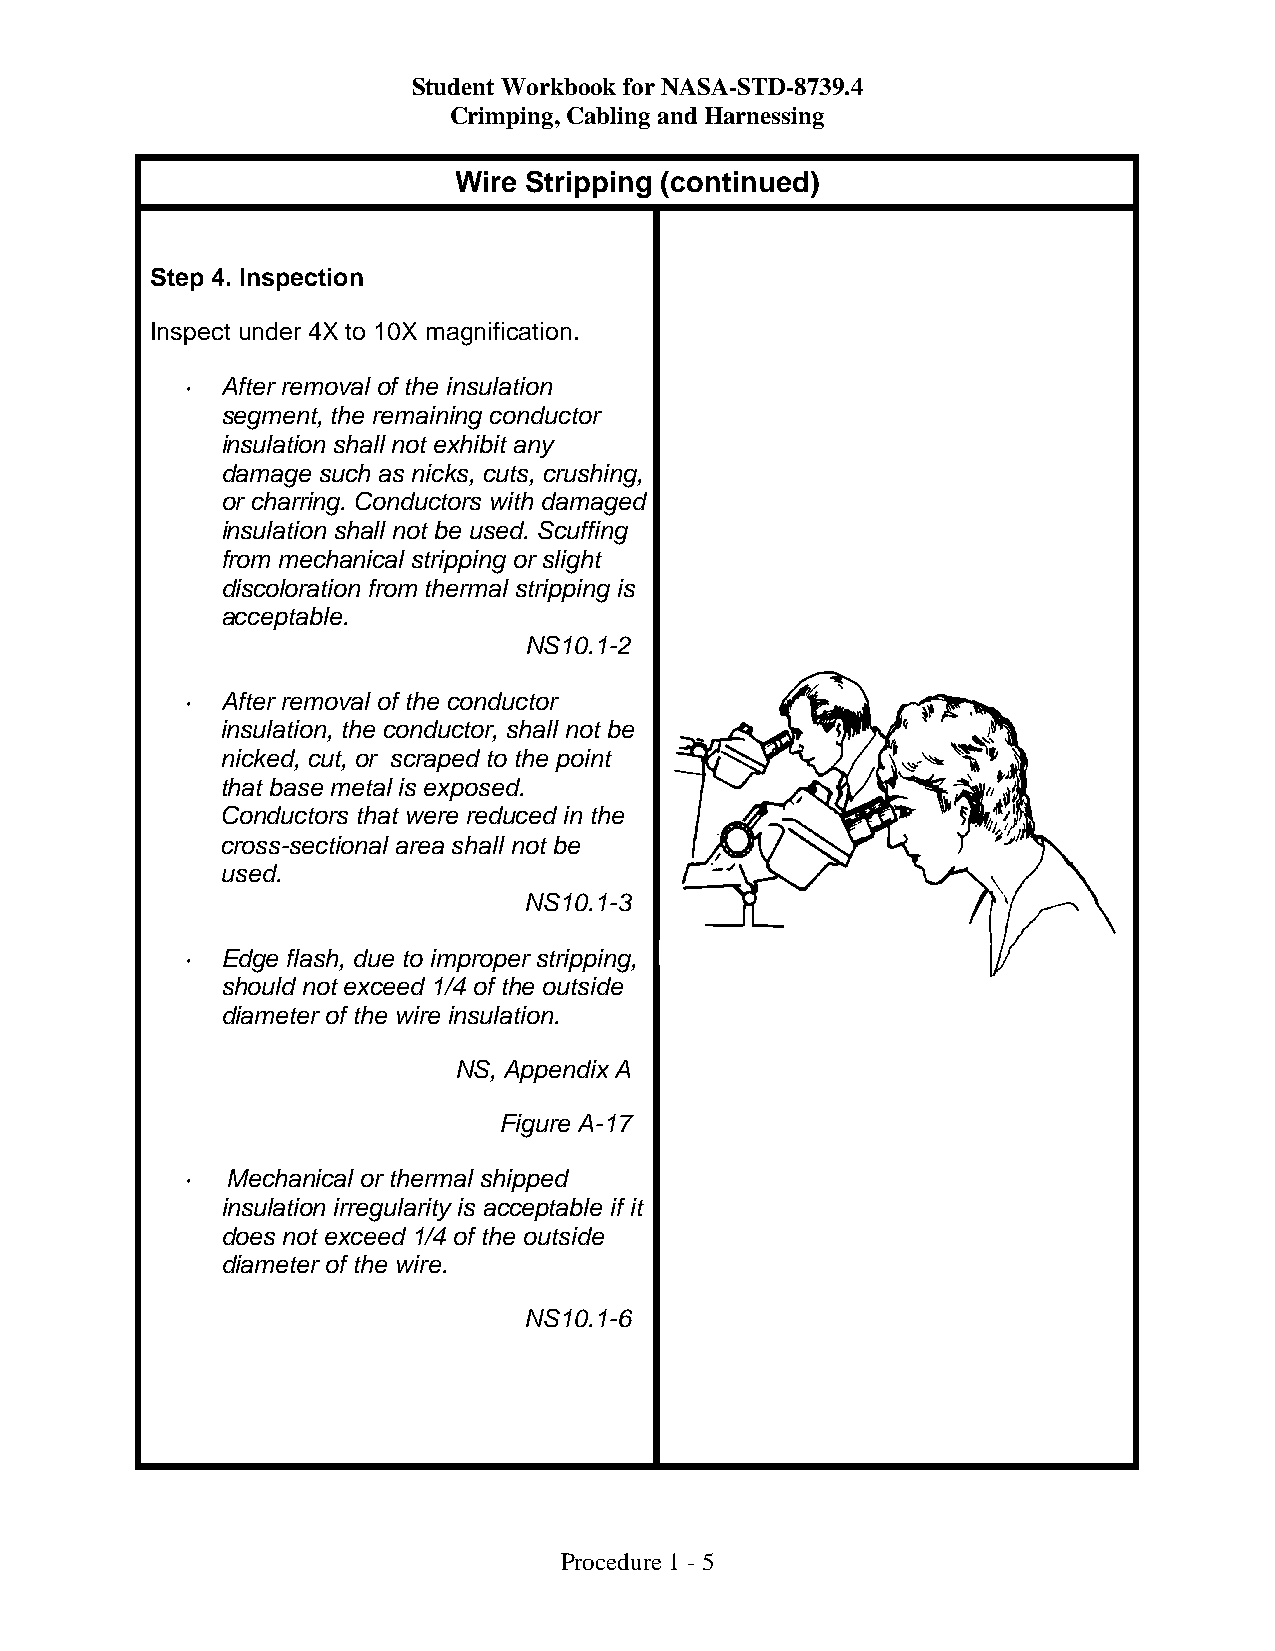
Student Workbook for NASA-STD-8739.4
 Crimping, Cabling and Harnessing
 Wire Stripping (continued)
 Step 4. Inspection
 Inspect under 4X to 10X magnification.
 •  After removal of the insulation
 segment, the remaining conductor
 insulation shall not exhibit any
 damage such as nicks, cuts, crushing,
 or charring. Conductors with damaged
 insulation shall not be used. Scuffing
 from mechanical stripping or slight
 discoloration from thermal stripping is
 acceptable.
 NS10.1-2
 •  After removal of the conductor
 insulation, the conductor, shall not be
 nicked, cut, or scraped to the point
 that base metal is exposed.
 Conductors that were reduced in the
 cross-sectional area shall not be
 used.
 NS10.1-3
 •  Edge flash, due to improper stripping,
 should not exceed 1/4 of the outside
 diameter of the wire insulation.
 NS, Appendix A
 Figure A-17
 •  Mechanical or thermal shipped
 insulation irregularity is acceptable if it
 does not exceed 1/4 of the outside
 diameter of the wire.
 NS10.1-6
 Procedure 1 - 5